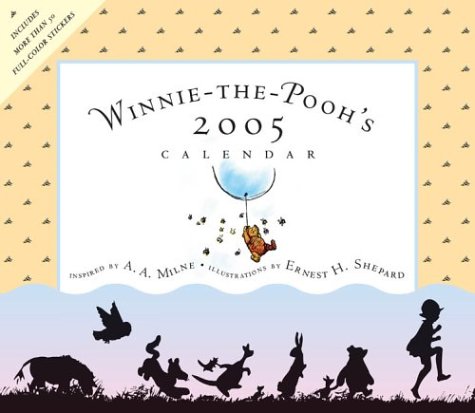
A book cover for Winnie-The-Pooh's 2005 Wall Calendar; A. A. Milne; Calendars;